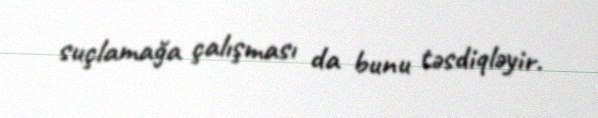
suçlamağa çalışması da bunu təsdiqləyir.